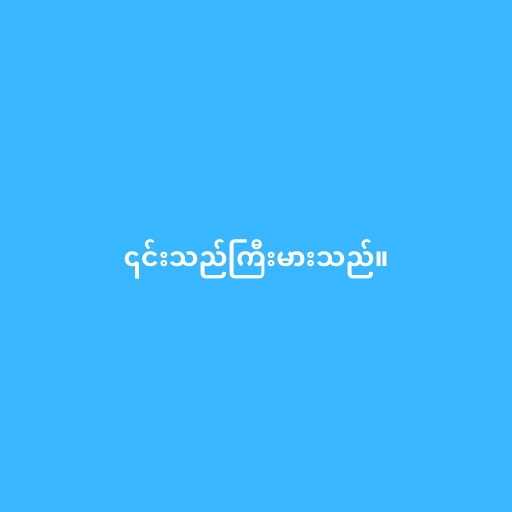
၎င်းသည်ကြီးမားသည်။